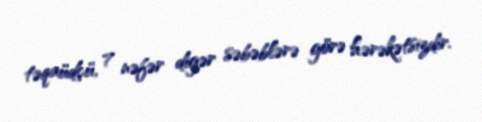
təqaüdçü, 7 nəfər digər səbəblərə görə hərəkətsizdir.